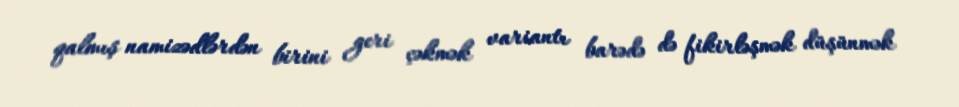
qalmış namizədlərdən birini geri çəkmək variantı barədə də fikirləşmək düşünmək